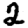
Digit: 2